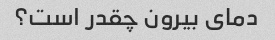
دمای بیرون چقدر است؟